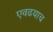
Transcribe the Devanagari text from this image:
एवढयाच